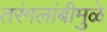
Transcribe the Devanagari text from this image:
तरंगलांबीमुळे